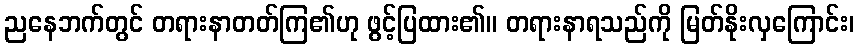
ညနေဘက်တွင် တရားနာတတ်ကြ၏ဟု ဖွင့်ပြထား၏။ တရားနာရသည်ကို မြတ်နိုးလှကြောင်း၊